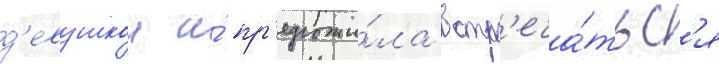
д'евушкои и́ пр'едложи́ла встр'еча́тьс'я